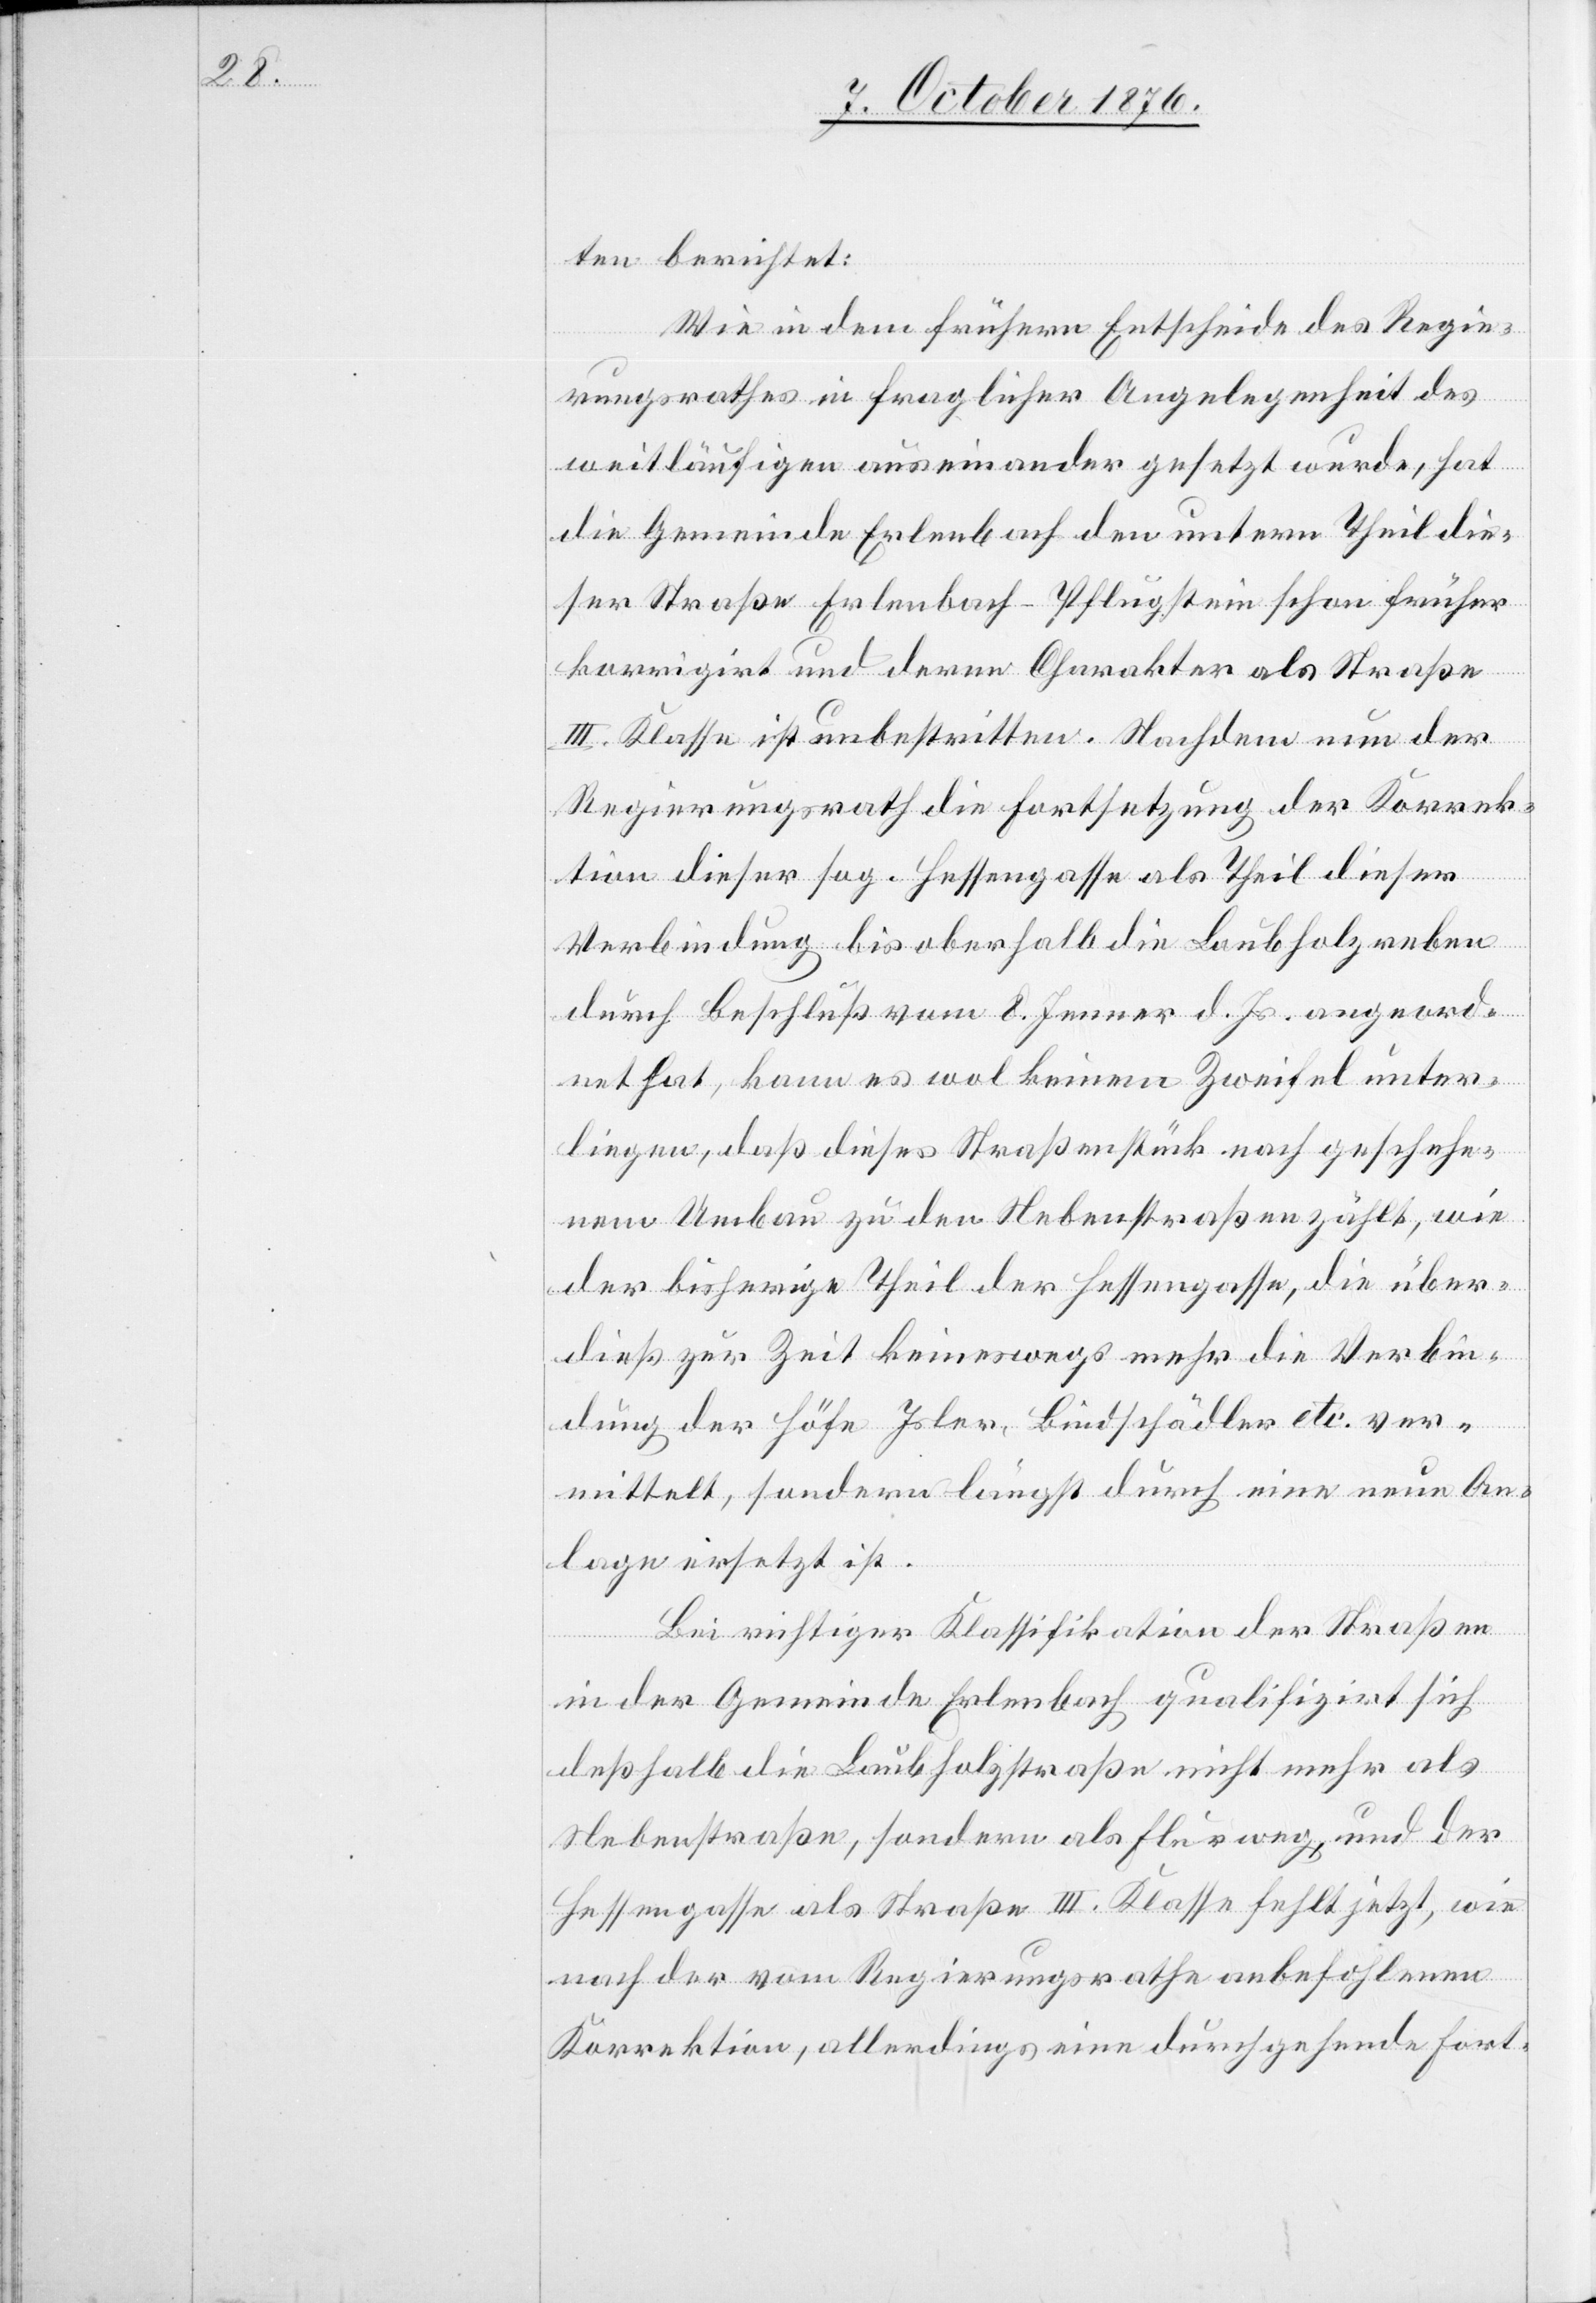
ten berichtet:
Wie in dem frühern Entscheide des Regie¬
rungsrathes in fraglicher Angelegenheit des
weitläufigen auseinander gesetzt wurde, hat
die Gemeinde Erlenbach den untern Theil die¬
ser Straße Erlenbach–Pflugstein schon früher
korrigirt und deren Charakter als Straße
III. Klasse ist unbestritten. Nachdem nun der
Regierungsrath die Fortsetzung der Korrek¬
tion dieser sog. Hessengasse als Theil dieser
Verbindung bis oberhalb die Laubholzreben
durch Beschluß vom 8. Jenner d. Js. angeord¬
net hat, kann es wol keinem Zweifel unter¬
liegen, daß dieses Straßenstück nach geschehe¬
nem Umbau zu den Nebenstraßen zählt, wie
der bisherige Theil der Hessengasse, die über¬
dieß zur Zeit keineswegs mehr die Verbin¬
dung der Höfe Isler, Bindschädler etc. ver¬
mittelt, sondern längst durch eine neue An¬
lage ersetzt ist.
Bei richtiger Klassifikation der Straßen
in der Gemeinde Erlenbach qualifizirt sich
deßhalb die Laubholzstraße nicht mehr als
Nebenstraße, sondern als Flurweg, und der
Hessengasse als Straße III. Klasse fehlt jetzt, wie
nach der vom Regierungsrathe anbefohlenen
Korrektion, allerdings eine durchgehende Fort-